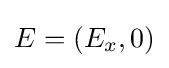
E=(E_{x},0)